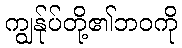
ကျွန်ုပ်တို့၏ဘဝကို